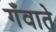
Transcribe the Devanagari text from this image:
गँवाते